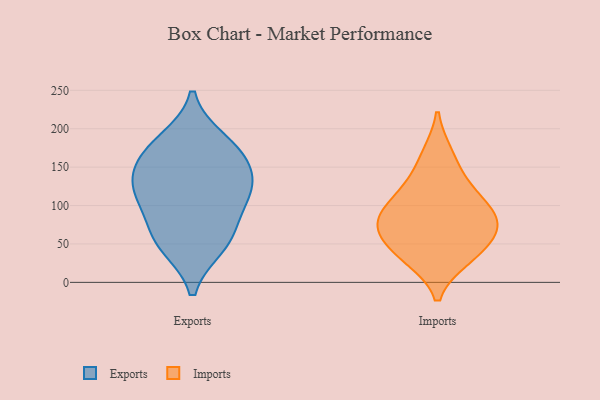
{"axis": {"x": "Revenue (USD Million)", "y": "Value"}, "legend": ["Exports", "Imports"], "data": [{"x": "", "y": 53, "type": "Exports"}, {"x": "", "y": 119, "type": "Exports"}, {"x": "", "y": 171, "type": "Exports"}, {"x": "", "y": 162, "type": "Exports"}, {"x": "", "y": 48, "type": "Exports"}, {"x": "", "y": 184, "type": "Exports"}, {"x": "", "y": 115, "type": "Exports"}, {"x": "", "y": 72, "type": "Exports"}, {"x": "", "y": 140, "type": "Exports"}, {"x": "", "y": 115, "type": "Exports"}, {"x": "", "y": 129, "type": "Imports"}, {"x": "", "y": 113, "type": "Imports"}, {"x": "", "y": 85, "type": "Imports"}, {"x": "", "y": 34, "type": "Imports"}, {"x": "", "y": 64, "type": "Imports"}, {"x": "", "y": 88, "type": "Imports"}, {"x": "", "y": 81, "type": "Imports"}, {"x": "", "y": 58, "type": "Imports"}, {"x": "", "y": 31, "type": "Imports"}, {"x": "", "y": 167, "type": "Imports"}]}